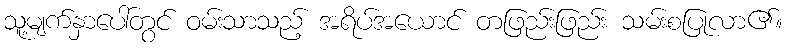
သူ့မျက်နှာပေါ်တွင် ဝမ်းသာသည့် အရိပ်အယောင် တဖြည်းဖြည်း သမ်းစပြုလာ၏။